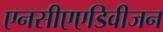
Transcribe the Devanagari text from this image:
एनसीएएडिवीजन